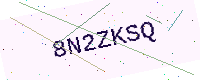
Text: 8N2ZKSQ